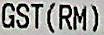
GST(RM)